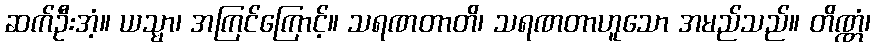
ဆက်ဦးအံ့။ ယသ္မာ၊ အကြင်ကြောင့်။ သရဏတာတိ၊ သရဏတာဟူသော အမည်သည်။ တိဏ္ဏံ၊